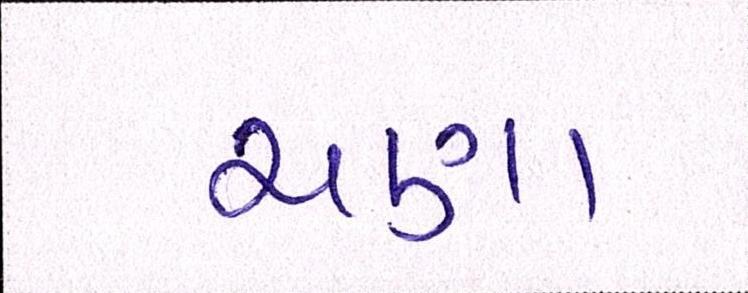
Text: ચણા